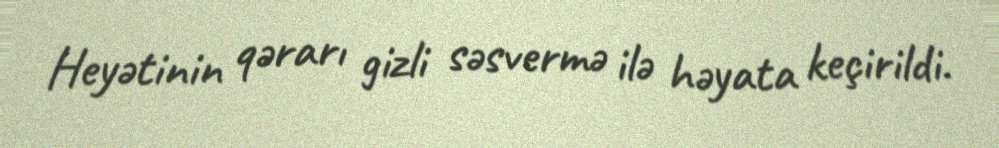
Heyətinin qərarı gizli səsvermə ilə həyata keçirildi.